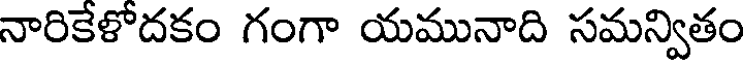
నారికేళోదకం గంగా యమునాది సమన్వితం